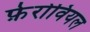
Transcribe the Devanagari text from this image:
फ़ेरोवियल